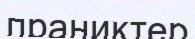
праниктер